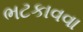
ભટકાવવા